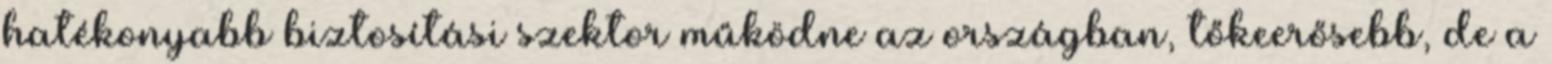
hatékonyabb biztosítási szektor működne az országban, tőkeerősebb, de a